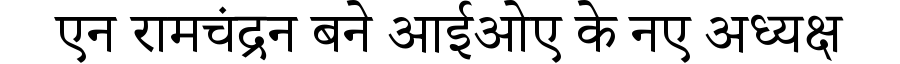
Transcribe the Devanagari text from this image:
एन रामचंद्रन बने आईओए के नए अध्यक्ष